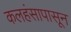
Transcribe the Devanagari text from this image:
कलहंसापासून